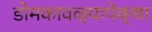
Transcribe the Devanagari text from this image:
डोमकावळ्यापेक्षा